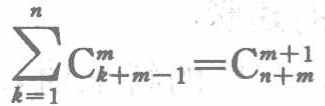
\(\sum_{k = 1}^{n} \mathrm{C}_{k + m - 1}^{m}=\mathrm{C}_{n + m}^{m + 1}\)